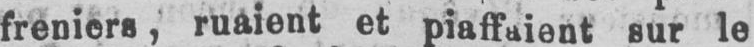
freniers, ruaient et piaffaient sur le